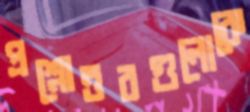
প্রশ্নোত্তরগুলোকে